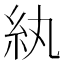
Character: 紈